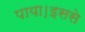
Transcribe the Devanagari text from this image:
पाया।इससे